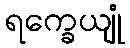
ရက္ခေယျုံ